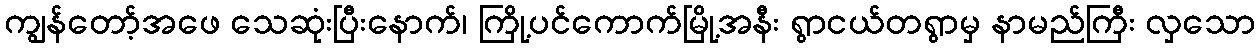
ကျွန်တော့်အဖေ သေဆုံးပြီးနောက်၊ ကြို့ပင်ကောက်မြို့အနီး ရွာငယ်တရွာမှ နာမည်ကြီး လှသော